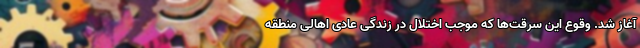
آغاز شد. وقوع این سرقت‌ها که موجب اختلال در زندگی عادی اهالی منطقه